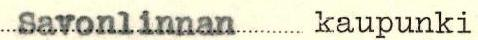
Savonlinnan kaupunki